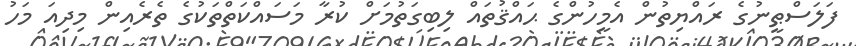
ފަލަސްޠީނުގެ ރައްޔިތުން އެމީހުންގެ ޙައްޤުތައް ލިބިގަތުމަށް ކުރާ މަސައްކަތްތަކުގެ ތެރެއިން މިދިއަ މަހު